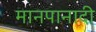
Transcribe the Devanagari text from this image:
मानपानादी